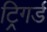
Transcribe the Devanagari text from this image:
ट्रिगर्ड